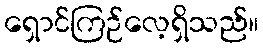
ရှောင်ကြဉ်လေ့ရှိသည်။